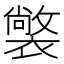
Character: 𧝟